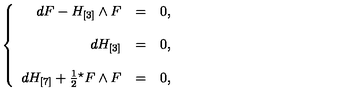
\left\{ \begin{array} { r c l } { d F - H _ { [ 3 ] } \wedge F } & { = } & { 0 , } \\ { } & { } & { } \\ { d H _ { [ 3 ] } } & { = } & { 0 , } \\ { } & { } & { } \\ { d H _ { [ 7 ] } + \frac { 1 } { 2 } { } ^ { \star } F \wedge F } & { = } & { 0 , } \\ \end{array} \right.